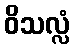
ဝိသလ္လံ